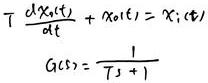
\[
\begin{align*}
T\frac{dX_{0}(t)}{dt}+X_{0}(t)&=X_{i}(t)\\
G(s)&=\frac{1}{Ts + 1}
\end{align*}
\]